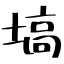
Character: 塙